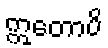
ဣတောပိ